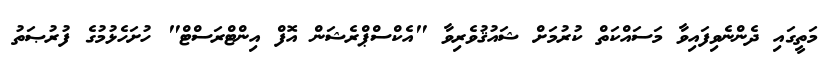
މަތީގައި ދެންނެވިފައިވާ މަސައްކަތް ކުރުމަށް ޝައުޤުވެރިވާ "އެކްސްޕްރެޝަން އޮފް އިންޓްރަސްޓް" ހުށަހެޅުމުގެ ފުރުޞަތު